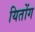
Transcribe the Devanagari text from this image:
यितोंग